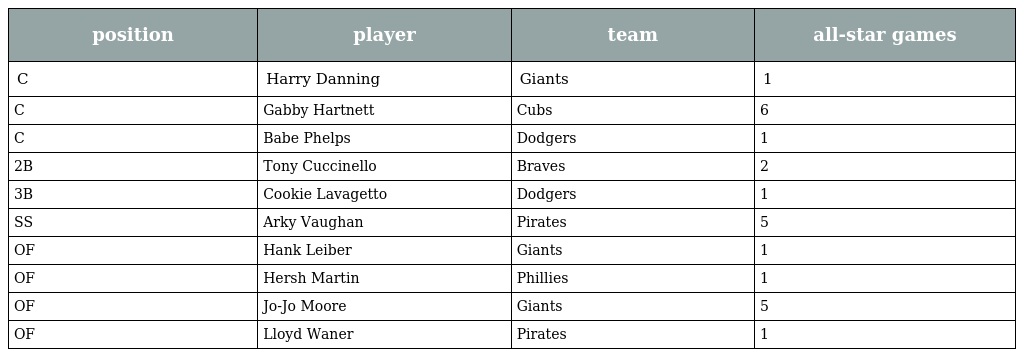
| position | player | team | all-star games |
 | --- | --- | --- | --- |
 | C | Harry Danning | Giants | 1 |
 | C | Gabby Hartnett | Cubs | 6 |
 | C | Babe Phelps | Dodgers | 1 |
 | 2B | Tony Cuccinello | Braves | 2 |
 | 3B | Cookie Lavagetto | Dodgers | 1 |
 | SS | Arky Vaughan | Pirates | 5 |
 | OF | Hank Leiber | Giants | 1 |
 | OF | Hersh Martin | Phillies | 1 |
 | OF | Jo-Jo Moore | Giants | 5 |
 | OF | Lloyd Waner | Pirates | 1 |